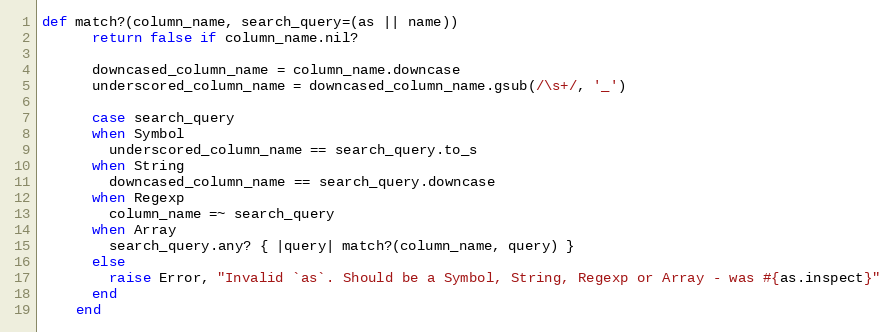
Language: Ruby
def match?(column_name, search_query=(as || name))
      return false if column_name.nil?

      downcased_column_name = column_name.downcase
      underscored_column_name = downcased_column_name.gsub(/\s+/, '_')

      case search_query
      when Symbol
        underscored_column_name == search_query.to_s
      when String
        downcased_column_name == search_query.downcase
      when Regexp
        column_name =~ search_query
      when Array
        search_query.any? { |query| match?(column_name, query) }
      else
        raise Error, "Invalid `as`. Should be a Symbol, String, Regexp or Array - was #{as.inspect}"
      end
    end